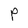
Character: P